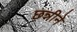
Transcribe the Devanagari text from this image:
छन्नीने